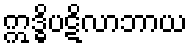
ဣဒ္ဓိပဋိလာဘာယ